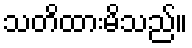
သတိထားမိသည်။